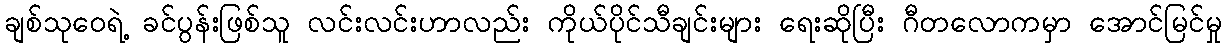
ချစ်သုဝေရဲ့ ခင်ပွန်းဖြစ်သူ လင်းလင်းဟာလည်း ကိုယ်ပိုင်သီချင်းများ ရေးဆိုပြီး ဂီတလောကမှာ အောင်မြင်မှု